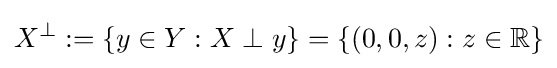
X^{\perp }:=\{y\in Y:X\perp y\}=\{(0,0,z):z\in \mathbb {R} \}